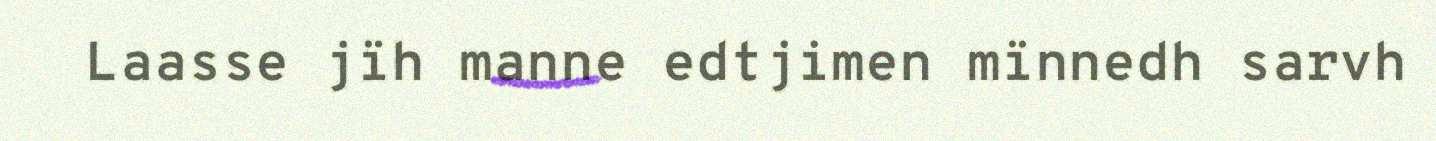
Laasse jïh manne edtjimen mïnnedh sarvh